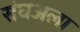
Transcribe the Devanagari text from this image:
संघअला